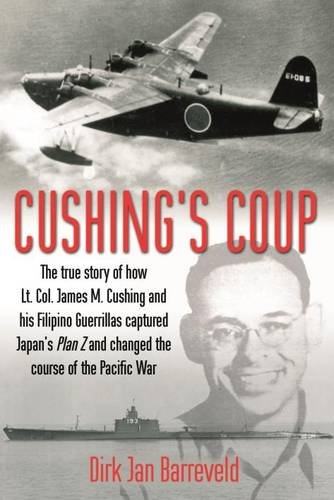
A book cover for Cushing's Coup: The True Story of How Lt. Col. James Cushing and His Filipino Guerrillas Captured Japan's Plan Z; Dirk Jan Barreveld; History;